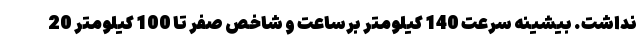
نداشت. بیشینه سرعت 140 کیلومتر برساعت و شاخص صفر تا 100 کیلومتر 20